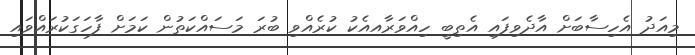
މިއަދު އެހިސާބަށް އާދެވިފައި އެތިބީ ހިއްވަރާއއެކު ކުރެއްވި ބުރަ މަސައްކަތުން ކަމަށް ފާހަގަކުރައްވައި